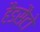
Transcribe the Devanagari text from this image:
हैंडसैटो